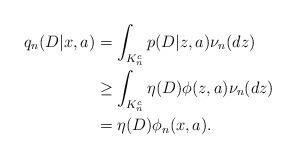
LaTeX: \begin{align*}q_n(D|x,a) &= \int_{K_n^c} p(D|z,a) \nu_n(dz) \\&\geq \int_{K_n^c} \eta(D) \phi(z,a) \nu_n(dz) \\&= \eta(D) \phi_n(x,a). \end{align*}